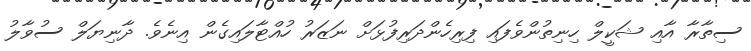
ސިތާރާ އާއި ޝަކީލް ހިނިތުންވެފައި ފިރިހެންދަރިފުޅަށް ނަޒަރު ހުއްޓާލައިގެން އިނެވެ. ދާނިޔަލް ސުވާލު